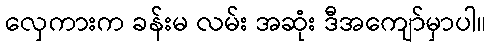
လှေကားက ခန်းမ လမ်း အဆုံး ဒီအကျော်မှာပါ။